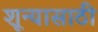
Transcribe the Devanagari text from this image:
शून्यासाठी